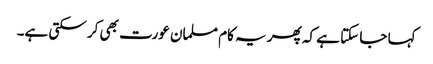
کہا جا سکتا ہے کہ پھر یہ کام مسلمان عورت بھی کر سکتی ہے۔